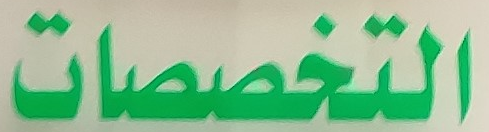
التخصصات